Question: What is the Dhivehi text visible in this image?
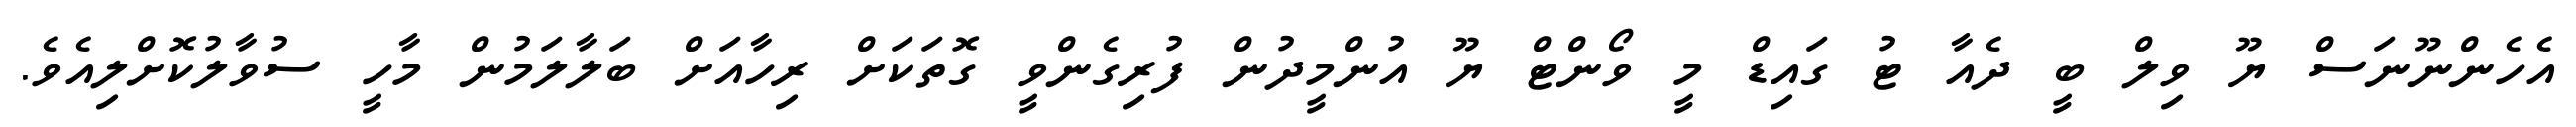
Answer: އެހެންނޫނަސް ޔޫ ވިލް ބީ ދެއާ ޓު ގައިޑް މީ ވޯންޓް ޔޫ އުންމީދުން ފުރިގެންވީ ގޮތަކަށް ރިހާއަށް ބަލާލަމުން މާހީ ސުވާލުކޮށްލިއެވެ.